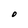
Character: O